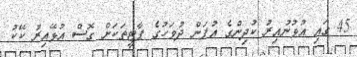
45 ގައި އުޅުނުއިރު ކުދިންގެ އުފަން ދުވަހުގެ ޕާޓީތަކަށް ގޮސް އުޅޭއިރު ކޭކު